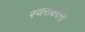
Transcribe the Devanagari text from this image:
स्वराक्षरांना